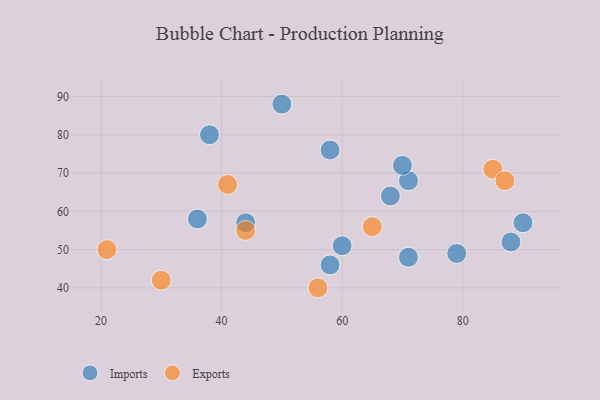
{"axis": {"x": "GDP", "y": "Life Expectancy"}, "legend": ["Exports", "Imports"], "data": [{"x": "50", "y": 88, "type": "Imports"}, {"x": "68", "y": 64, "type": "Imports"}, {"x": "71", "y": 48, "type": "Imports"}, {"x": "38", "y": 80, "type": "Imports"}, {"x": "60", "y": 51, "type": "Imports"}, {"x": "88", "y": 52, "type": "Imports"}, {"x": "36", "y": 58, "type": "Imports"}, {"x": "71", "y": 68, "type": "Imports"}, {"x": "58", "y": 76, "type": "Imports"}, {"x": "79", "y": 49, "type": "Imports"}, {"x": "44", "y": 57, "type": "Imports"}, {"x": "90", "y": 57, "type": "Imports"}, {"x": "58", "y": 46, "type": "Imports"}, {"x": "70", "y": 72, "type": "Imports"}, {"x": "21", "y": 50, "type": "Exports"}, {"x": "65", "y": 56, "type": "Exports"}, {"x": "85", "y": 71, "type": "Exports"}, {"x": "30", "y": 42, "type": "Exports"}, {"x": "87", "y": 68, "type": "Exports"}, {"x": "44", "y": 55, "type": "Exports"}, {"x": "56", "y": 40, "type": "Exports"}, {"x": "41", "y": 67, "type": "Exports"}]}